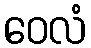
ဝေလံ